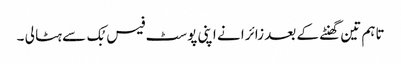
تاہم تین گھنٹے کے بعد زائرا نے اپنی پوسٹ فیس بُک سے ہٹا لی ۔